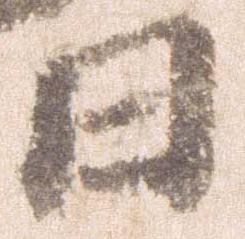
日